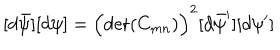
[ d \bar { \psi } ] [ d \psi ] = \Bigl ( \det ( C _ { m n } ) \Bigr ) ^ { 2 } [ d \bar { \psi } ^ { \prime } ] [ d \psi ^ { \prime } ]